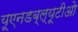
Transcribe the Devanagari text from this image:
यूएनडब्ल्यूटीओ